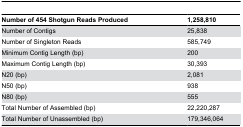
<table><thead><tr><td><b>Number of 454 Shotgun Reads Produced</b></td><td><b>1,258,810</b></td></tr></thead><tbody><tr><td>Number of Contigs</td><td>25,838</td></tr><tr><td>Number of Singleton Reads</td><td>585,749</td></tr><tr><td>Minimum Contig Length (bp)</td><td>200</td></tr><tr><td>Maximum Contig Length (bp)</td><td>30,393</td></tr><tr><td>N20 (bp)</td><td>2,081</td></tr><tr><td>N50 (bp)</td><td>938</td></tr><tr><td>N80 (bp)</td><td>555</td></tr><tr><td>Total Number of Assembled (bp)</td><td>22,220,287</td></tr><tr><td>Total Number of Unassembled (bp)</td><td>179,346,064</td></tr></tbody></table>